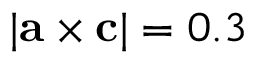
| { \bf { a } } \times { \bf { c } } | = 0 . 3